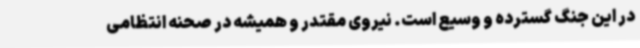
در این جنگ گسترده و وسیع است. نیروی مقتدر و همیشه در صحنه انتظامی